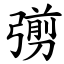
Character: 彅